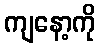
ကျနော့ကို